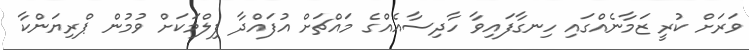
ވަރަށް ކުރީ ޒަމާނެއްގައި ހިނގާފައިވާ ހާދިސާއެއްގެ މައްޗަށް އުފައްދާ ފިލްމަކަށް ވުމުން ޕްރިޔަންކާ